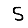
Digit: 5